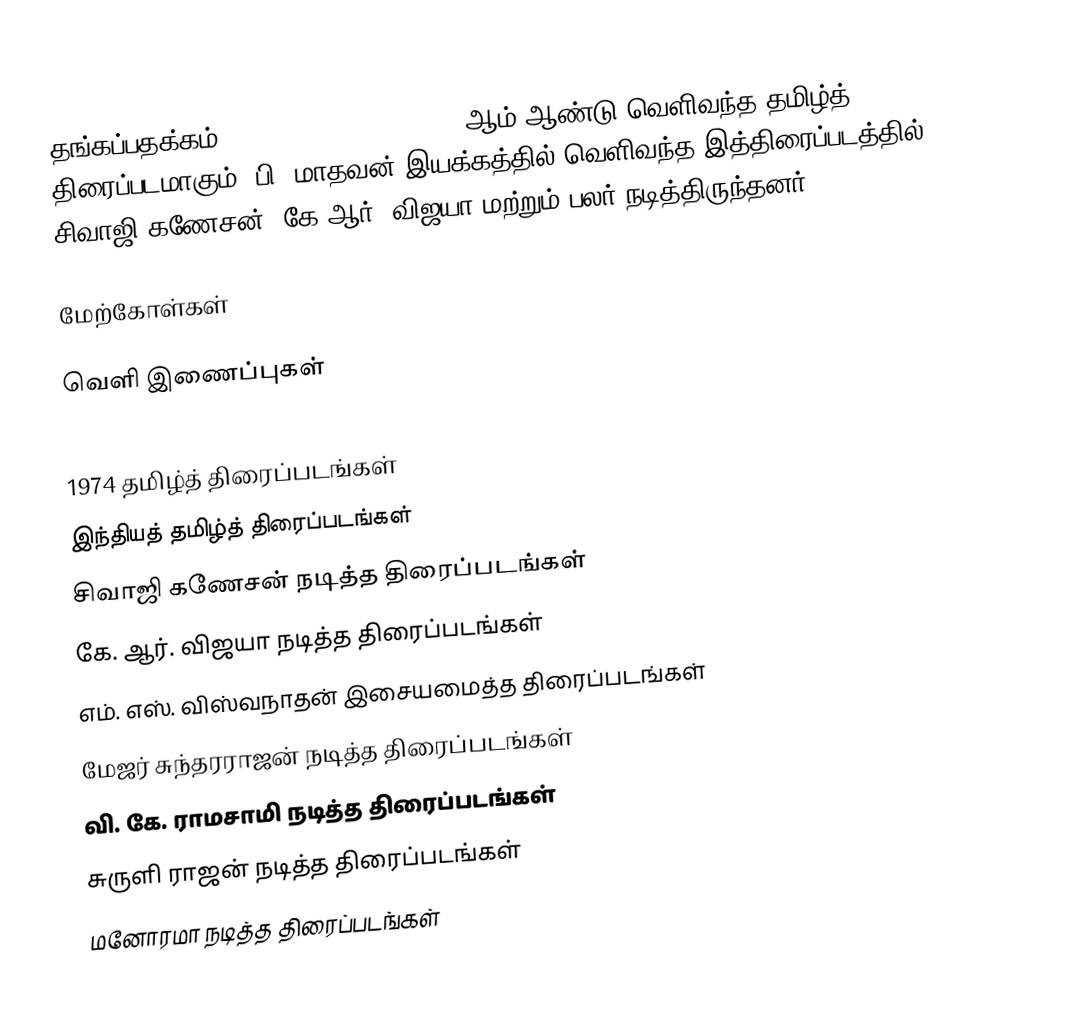
தங்கப்பதக்கம் (Thangappathakkam) 1974 ஆம் ஆண்டு வெளிவந்த தமிழ்த் திரைப்படமாகும். பி. மாதவன் இயக்கத்தில் வெளிவந்த இத்திரைப்படத்தில் சிவாஜி கணேசன், கே.ஆர். விஜயா மற்றும் பலர் நடித்திருந்தனர்.

மேற்கோள்கள்

வெளி இணைப்புகள்

1974 தமிழ்த் திரைப்படங்கள்
இந்தியத் தமிழ்த் திரைப்படங்கள்
சிவாஜி கணேசன் நடித்த திரைப்படங்கள்
கே. ஆர். விஜயா நடித்த திரைப்படங்கள்
எம். எஸ். விஸ்வநாதன் இசையமைத்த திரைப்படங்கள்
மேஜர் சுந்தரராஜன் நடித்த திரைப்படங்கள்
வி. கே. ராமசாமி நடித்த திரைப்படங்கள்
சுருளி ராஜன் நடித்த திரைப்படங்கள்
மனோரமா நடித்த திரைப்படங்கள்